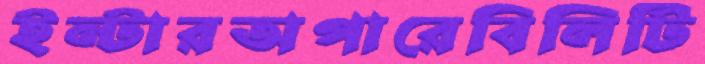
ইন্টারঅপারেবিলিটি